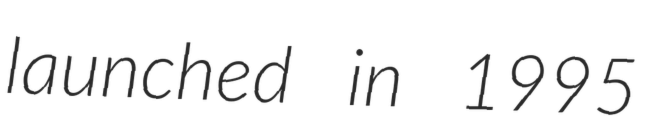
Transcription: launched in 1995